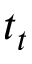
t _ { t }